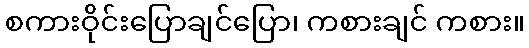
စကားဝိုင်းပြောချင်ပြော၊ ကစားချင် ကစား။